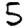
Digit: 5